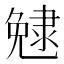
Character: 𨽺